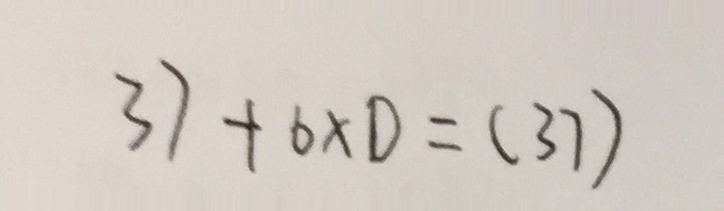
3 7 + 6 \times 0 = ( 3 7 )